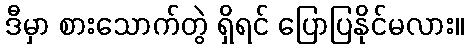
ဒီမှာ စားသောက်တွဲ ရှိရင် ပြောပြနိုင်မလား။